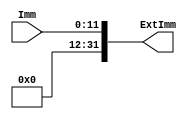
module extender (Imm, ExtImm);
// it should be noted that Imm number is assumed as maximum of 12 bits
input [11:0] Imm;
output [31:0] ExtImm;

// combinational extender
assign ExtImm = {20'b0,Imm};

endmodule